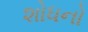
શોધનો